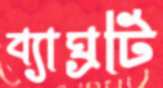
ব্যাঘ্রটি